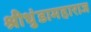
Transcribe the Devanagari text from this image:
श्रीधुंडामहाराज